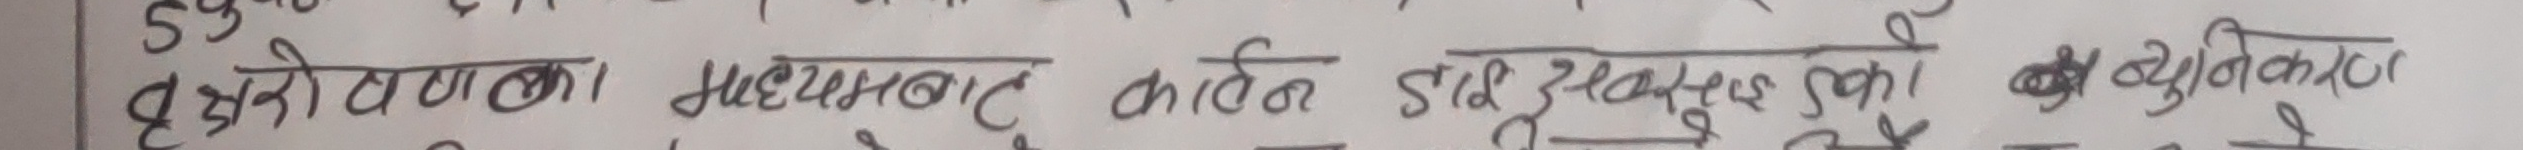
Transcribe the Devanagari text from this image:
छुरी लवण का मध्यमबाट कार्बन डाइऑक्साइड को न्यूनीकरण